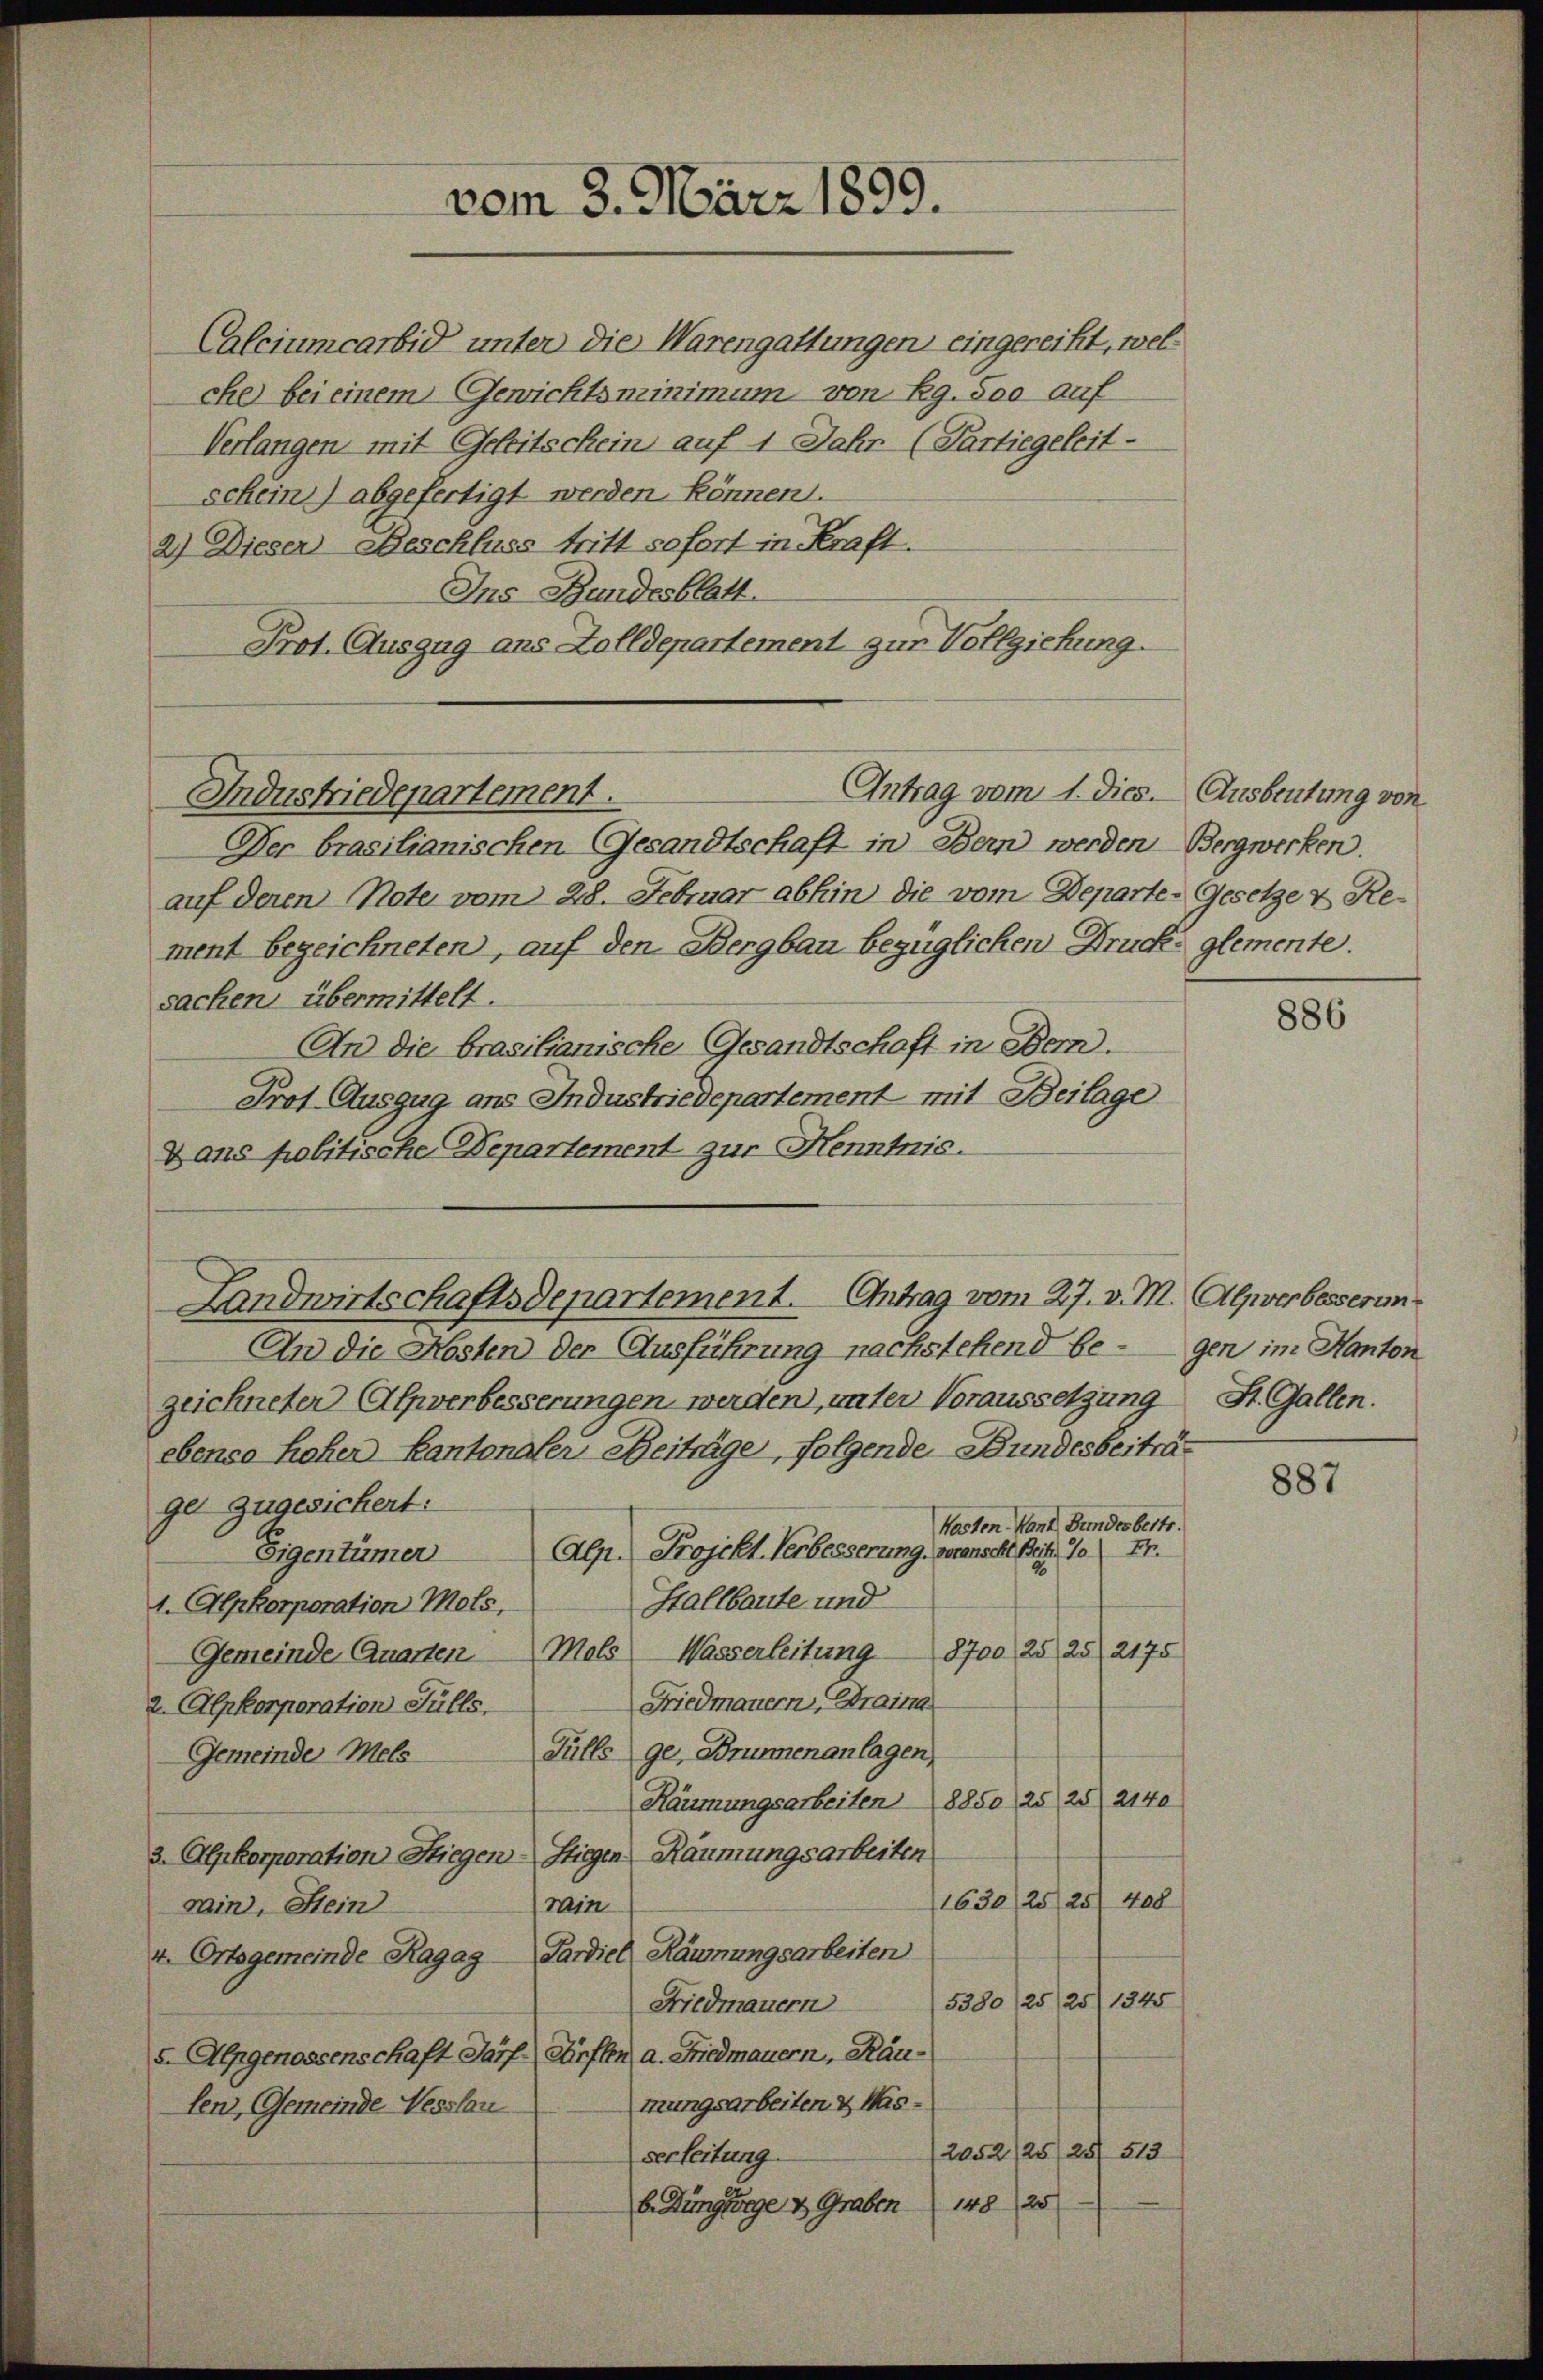
Calciumcarbid unter die Warengattungen eingereiht, welche bei einem Gewichtsminimum von Rg. 500 auf
Verlangen mit Geleitschein auf 1 Jahr (Partiegeleit-
schein) abgefertigt werden können.
2) Dieser Beschluss tritt sofort in Kraft.
Ins Bundesblatt
Prot. Auszug aus Zolldepartement zur Vollziehung.
Industriedepartement.
Der brasilianischen (Gesandtschaft in Bern werden Bergwerken.
auf deren Note vom 28. Februar abhin die vom Departe-Gesetze & Rement bezeichneten, auf den Bergbau bezüglichen Druck glemente.
sacken übermittelt.
An die brasilianische Gesandtschaft in Bern.
Prof. Auszug aus Industriedepartement mit Beilage
Dans politische Departement zur Kenntnis.

vom 3. März 1899.

Antrag vom 1. Dies. Ausbeutung von

Landwirtschaftsdepartement. Antrag vom 27. v. M. Alpverbesserun

An die Kosten der Ausführung nachstehend be- gen im Kanton
zeichneter Alpverbesserungen werden, unter Voraussetzung St. Gallen.
ebenso hoher Kantonaler Beiträge, folgende Bundesbeiträge zugesichert:
Kosten kann Bunderbertr.
Alp. Projekt. Verbesserung, voranscht Breit 10 Fr.
Eigentümer
Stallbaute und
1. Apkorporation Mols,
Gemeinde Quarten Mals Wasserleitung 8700 25, 25 2175
Friedmauern Draina
2. Alpkorporation Fülls.
Fülle ge, Brunnenanlagen,
Gemeinde Mels
Räumungsarbeiten 8850 25, 25 2140
3. Alpkorporation Stiegen-Stiegen Räumungsarbeiten
(1630/25/25 400
rain
rain, Stein
v. Ortsgemeinde Ragag - Sardiel Räumungsarbeiten
5380/25/25/1545
Friedmauern
5-Alpgenossenschaft darf Dürften a. Friedmauern, Raumungsarbeiten & Waslen, Gemeinde Nesslan
/2052/25/25/ 513
serleitung
b. Hüngforge u. Graben 148 25

886

887